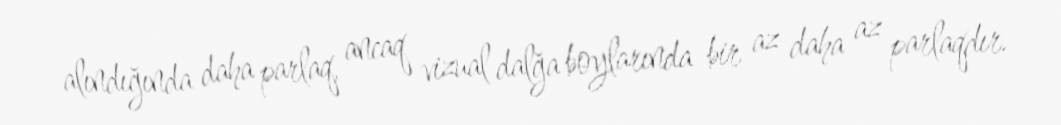
alındığında daha parlaq, ancaq vizual dalğa boylarında bir az daha az parlaqdır.